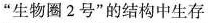
”生物圈2号”的结构中生存